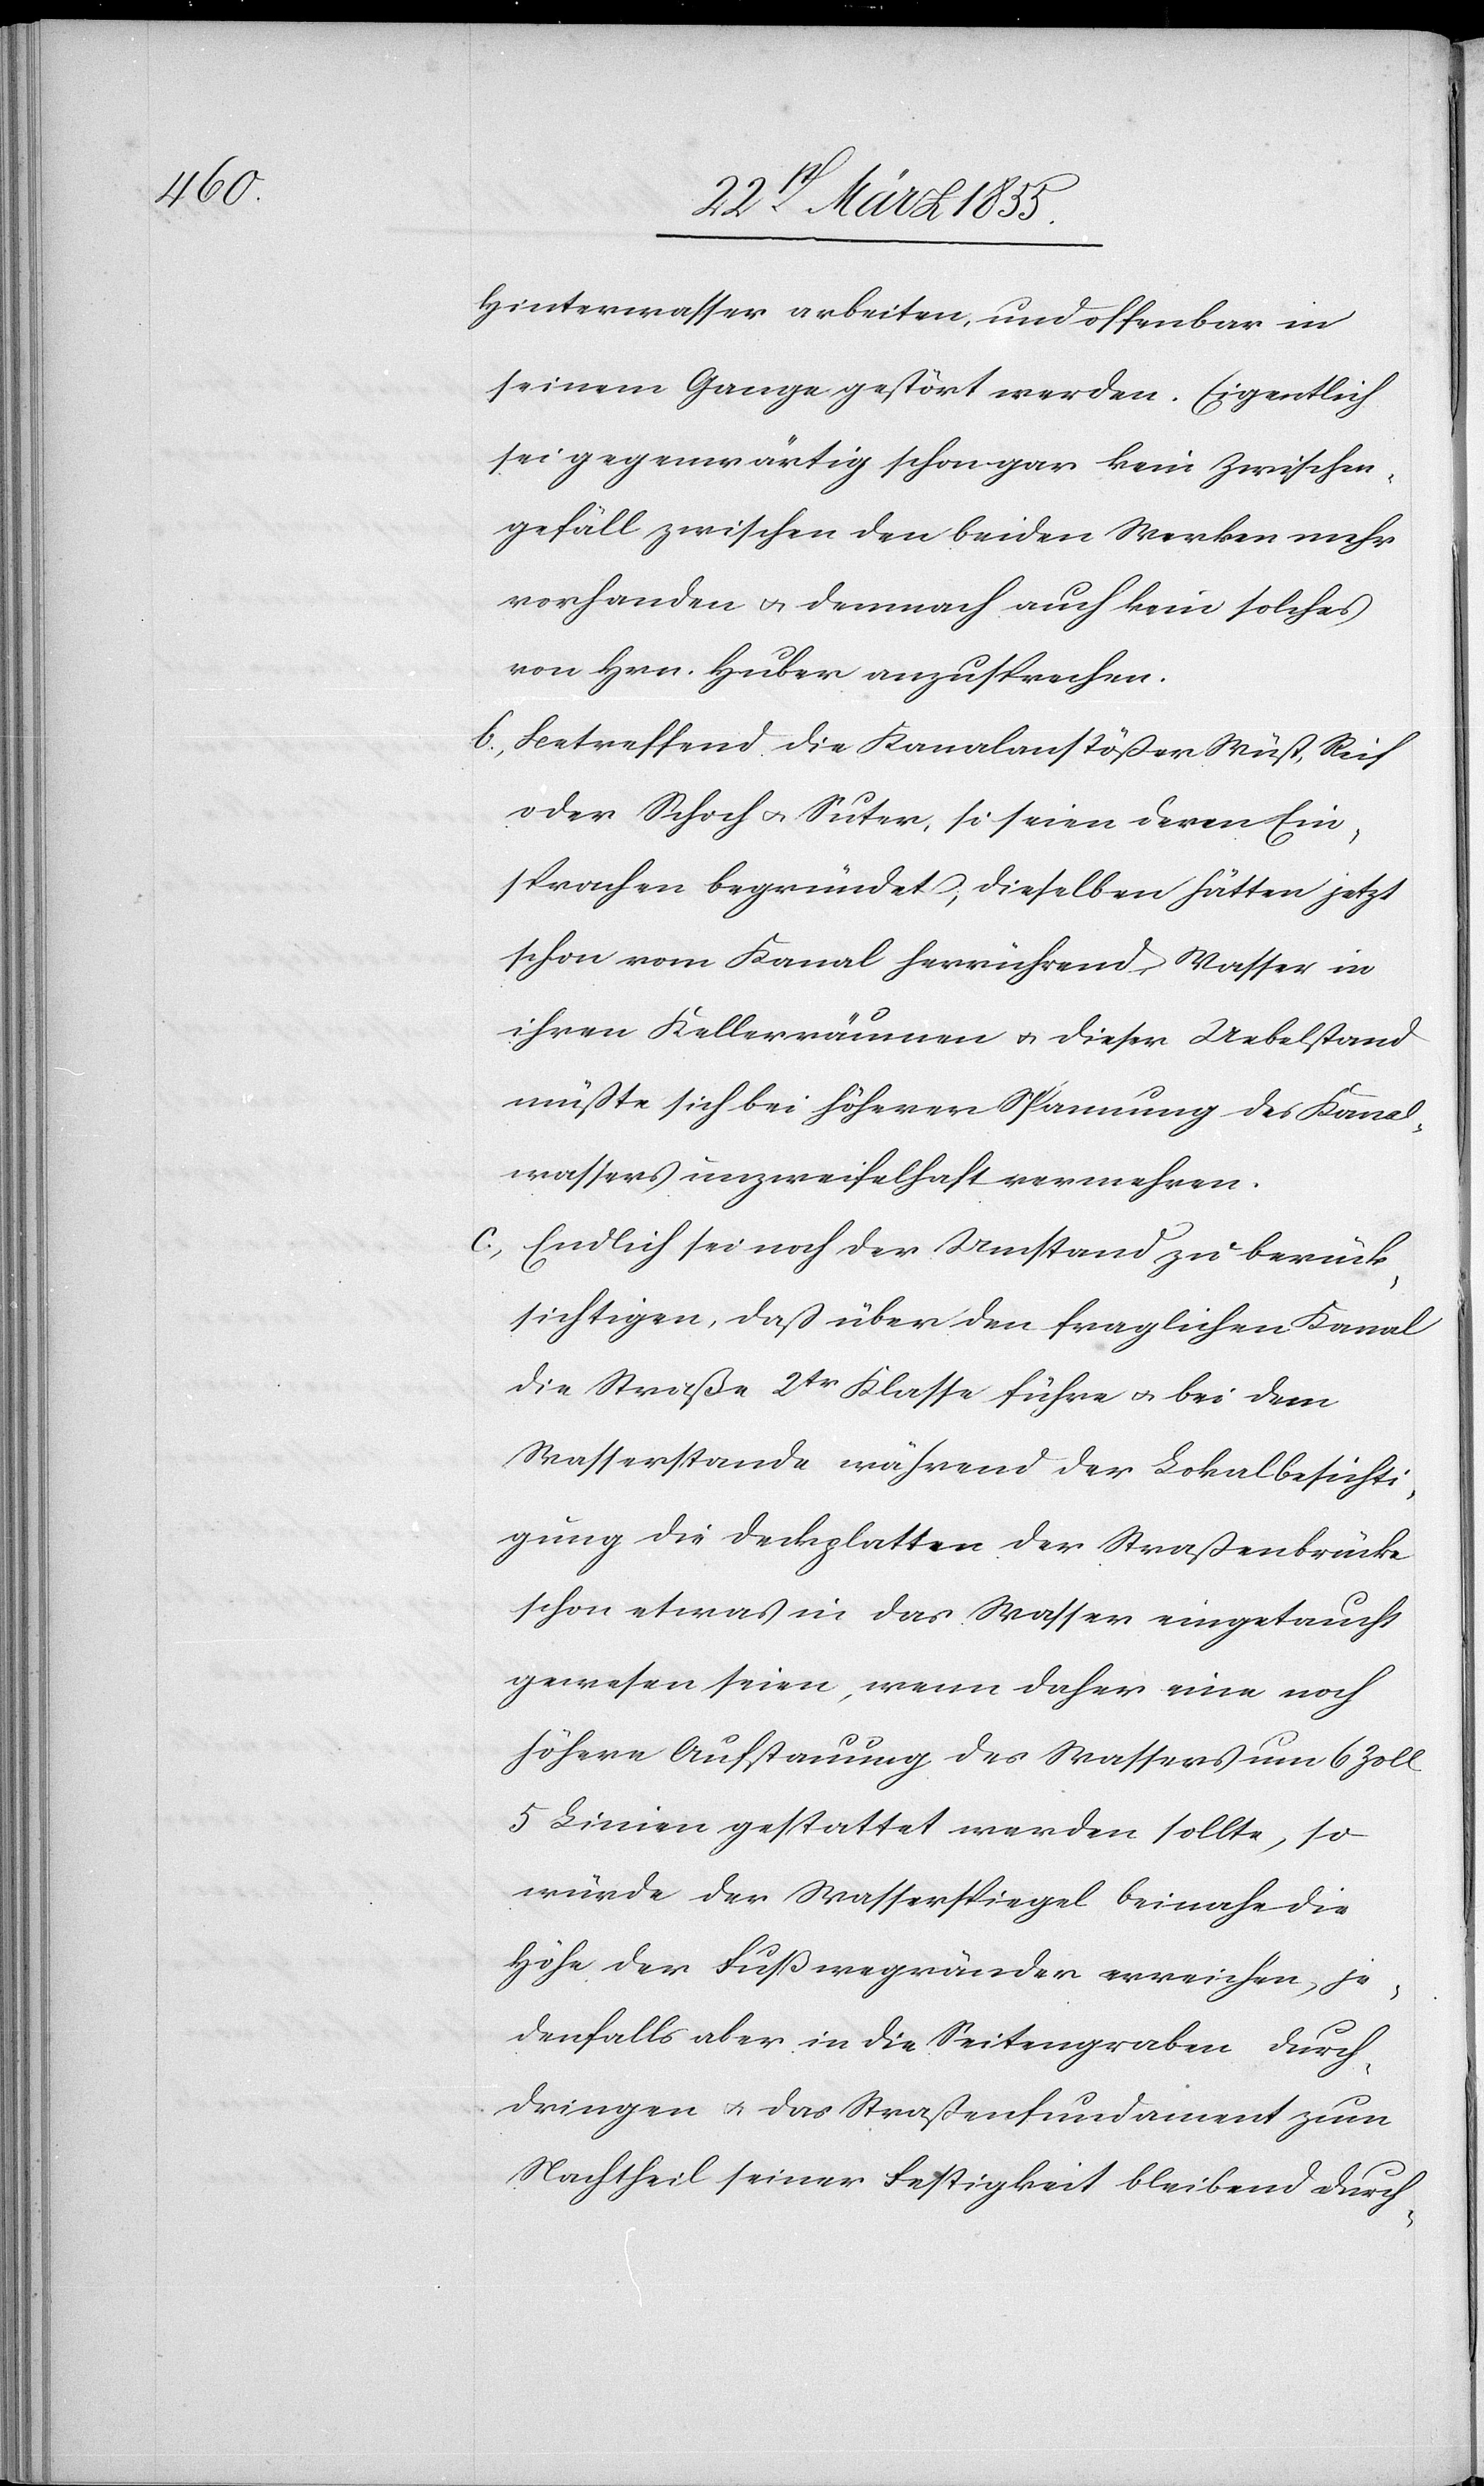
Hinterwasser arbeiten, und offenbar in
seinem Gange gestört werden. Eigentlich
sei gegenwärtig schon gar kein Zwischen¬
gefäll zwischen den beiden Werken mehr
vorhanden & demnach auch kein solches
von Hrn. Huber anzusprechen.
Betreffend die Kanalanstößer Wüst, Reif
oder Schoch & Suter, so seien deren Ein¬
sprachen begründet, dieselben hätten jetzt
schon vom Kanal herrührend Wasser in
ihren Kellerräumen & dieser Uebelstand
müßte sich bei höherer Spannung des Kan[?a]l¬
wassers unzweifelhaft vermehren.
Endlich sei noch der Umstand zu berück¬
sichtigen, daß über den fraglichen Kanal
die Straße 2tr Klasse führe & bei dem
Wasserstande während der Lokalbesichti¬
gung die Deckplatten der Straßenbrücke
schon etwas in das Wasser eingetaucht
gewesen seien, wenn daher eine noch
höhere Aufstauung des Wassers um 6 Zoll
5 Linien gestattet werden sollte, so
würde der Wasserspiegel beinahe die
Höhe der Fußwegränder erreichen, je¬
denfalls aber in die Seitengraben durch¬
dringen & das Straßenfundament zum
Nachtheil seiner Festigkeit bleibend durch-